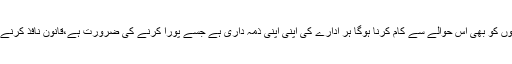
انہوں نے کہاکہ دہشتگردی کا خاتمہ اکیلی آرمی نہیں کرسکتی بلکہ دیگر حکومتی اداروں کو بھی اس حوالے سے کام کرنا ہوگا ہر ادارے کی اپنی اپنی ذمہ داری ہے جسے پورا کرنے کی ضرورت ہے،قانون نافذ کرنے والے ادارے اسی حوالے سے اپنا کردار ادا کریں تو اس لعنت کا جلد خاتمہ ہوسکے گا۔